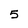
Character: 5